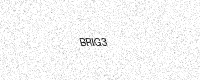
Text: BRIG3